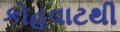
કોહવાટથી